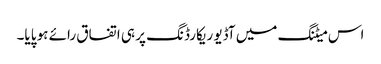
اس میٹنگ میں آڈیو ریکارڈنگ پر ہی اتفاق رائے ہو پایا۔